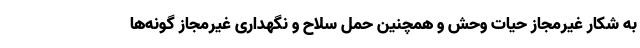
به شکار غیرمجاز حیات وحش و همچنین حمل سلاح و نگهداری غیرمجاز گونه‌ها